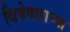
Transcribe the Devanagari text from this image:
विषेषणाच्या